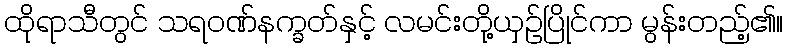
ထိုရာသီတွင် သရဝဏ်နက္ခတ်နှင့် လမင်းတို့ယှဉ်ပြိုင်ကာ မွန်းတည့်၏။